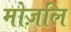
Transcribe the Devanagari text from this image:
मोज़लि